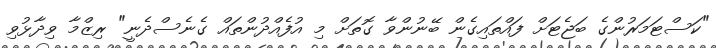
"ކަސްޓަމަރުންގެ ބަޖެޓަށް ފައްތައިގެން ބޭނުންވާ ގޮތަށް މި އުފެއްދުންތައް ގެނެސްދެނީ" ރިޒްމާ ވިދާޅުވި